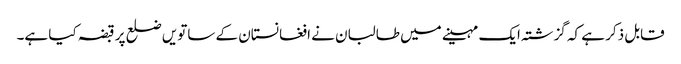
قابل ذکر ہے کہ گزشتہ ایک مہینے میں طالبان نے افغانستان کے ساتویں ضلع پر قبضہ کیا ہے۔